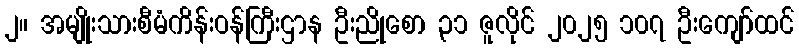
၂။ အမျိုးသားစီမံကိန်းဝန်ကြီးဌာန ဦးညိုစော ၃၁ ဇူလိုင် ၂၀၂၅ ၁၀၇ ဦးကျော်ထင်